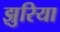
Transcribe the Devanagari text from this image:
झुरिया